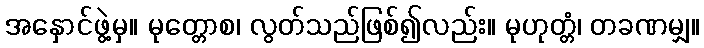
အနှောင်ဖွဲ့မှ။ မုတ္တောစ၊ လွတ်သည်ဖြစ်၍လည်း။ မုဟုတ္တံ၊ တခဏမျှ။